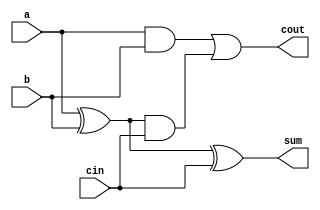
`timescale 1ns / 1ps
//////////////////////////////////////////////////////////////////////////////////
// Company: IMB-CNM, CSIC
// 
// Design Name: Full Adder
// Module Name: full_adder
// Description: Implementation of Full Adder.
// 
// Dependencies: 
// 
// Revision:
// Revision 0.01 - File Created
// Additional Comments:
// 
//////////////////////////////////////////////////////////////////////////////////


module full_adder(
    output sum, cout,
    input a,
    input b,
    input cin
);

    wire a_xor_b, a_and_b, axb_and_cin;
    
    //Sum
    xor(a_xor_b, a, b);
    xor(sum, a_xor_b, cin);
    
    // Cout
    and(a_and_b, a, b);
    and(axb_and_cin, a_xor_b, cin);
    or(cout, a_and_b, axb_and_cin);

endmodule